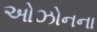
ઓઝોનના